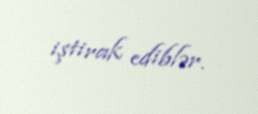
iştirak ediblər.